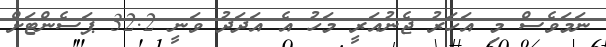
ނަމަވެސް މި އަހަރު ޖެނުއަރީ މަހު އެ އަދަދު ވަނީ 32.2 ޕަސެންޓަށް